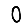
Digit: 0